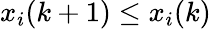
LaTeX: x_{i}(k+1)\leq x_{i}(k)